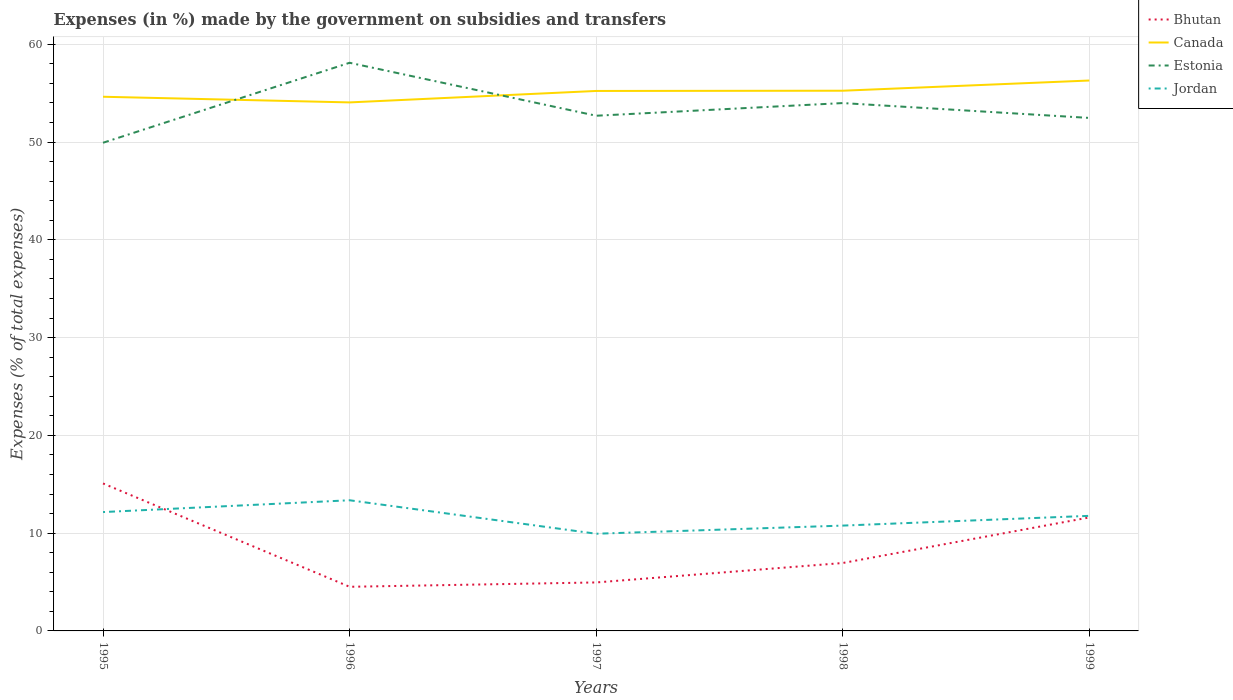
| Years | Bhutan | Canada | Estonia | Jordan |
 | --- | --- | --- | --- | --- |
 | 1995 | 15.1 | 54.6 | 49.9 | 12.2 |
 | 1996 | 4.51 | 54.1 | 58.1 | 13.4 |
 | 1997 | 4.96 | 55.2 | 52.7 | 9.94 |
 | 1998 | 6.95 | 55.2 | 54 | 10.8 |
 | 1999 | 11.6 | 56.3 | 52.5 | 11.8 |